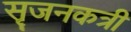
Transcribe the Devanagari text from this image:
सृजनकत्री